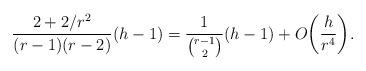
LaTeX: \begin{align*} \frac{2+2/r^2}{(r-1)(r-2)}(h-1)=\frac{1}{\binom{r-1}{2}}(h-1) + O\biggl(\frac{h}{r^4}\biggr).\end{align*}